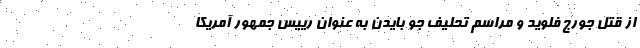
از قتل جورج فلوید و مراسم تحلیف جو بایدن به عنوان رییس جمهور آمریکا